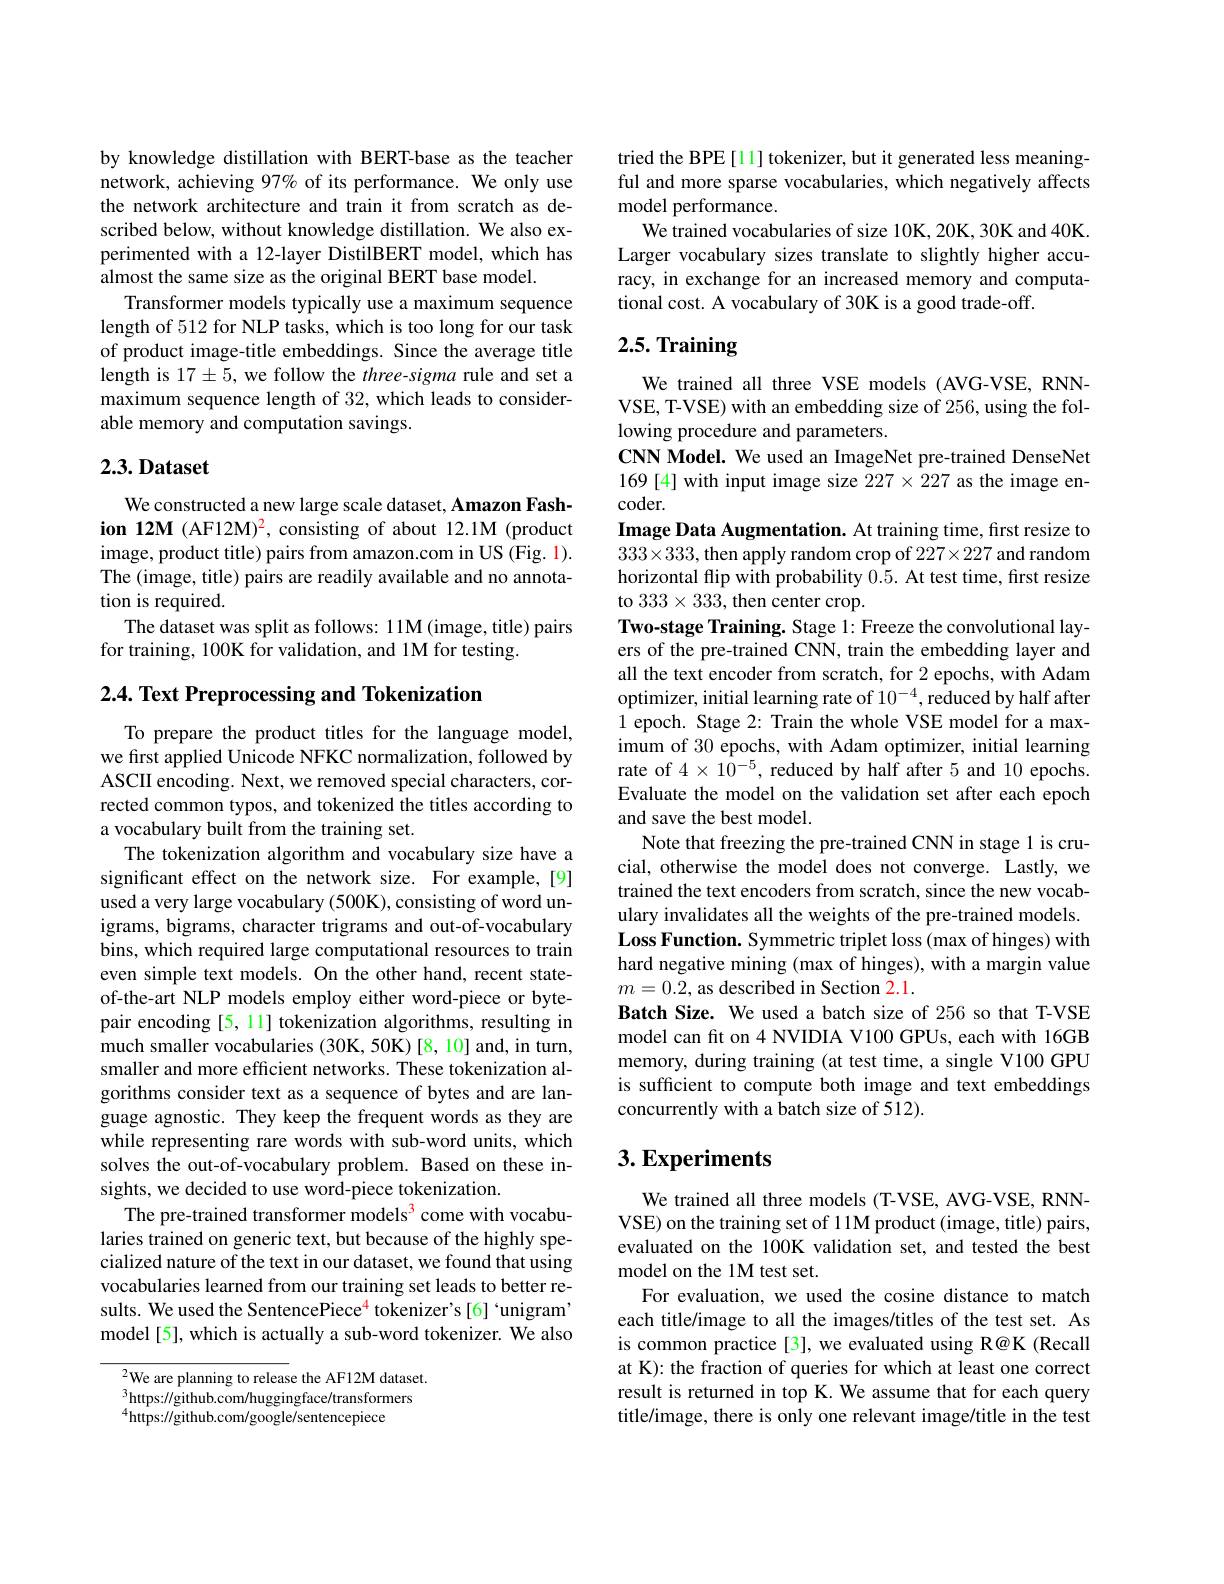
by knowledge distillation with BERT-base as the teacher network, achieving 97% of its performance. We only use the network architecture and train it from scratch as described below, without knowledge distillation. We also experimented with a 12-layer DistilBERT model, which has almost the same size as the original BERT base model.
Transformer models typically use a maximum sequence length of 512 for NLP tasks, which is too long for our task of product image-title embeddings. Since the average title length is 17±5, we follow the three-sigma rule and set a maximum sequence length of 32, which leads to considerable memory and computation savings.

## 2.3. Dataset

We constructed a new large scale dataset, Amazon Fashion 12M (AF12M)$^{2}$,consisting of about 12.1M (product image, product title) pairs from amazon.com in US (Fig. 1). The (image, title) pairs are readily available and no annotation is required.
The dataset was split as follows: 11M (image, title) pairs
for training, 100K for validation, and 1M for testing.

$2. 4. \textbf{ Text Preprocessing and Tokenization}$

To prepare the product titles for the language model, we first applied Unicode NFKC normalization, followed by ASCII encoding. Next, we removed special characters, corrected common typos, and tokenized the titles according to a vocabulary built from the training set.
The tokenization algorithm and vocabulary size have a significant effect on the network size. For example,[9] used a very large vocabulary (500K), consisting of word unigrams, bigrams, character trigrams and out-of-vocabulary bins, which required large computational resources to train even simple text models. On the other hand, recent stateof-the-art NLP models employ either word-piece or bytepair encoding [5, 11] tokenization algorithms, resulting in much smaller vocabularies (30K, 50K) [8, 10] and, in turn, smaller and more efficient networks. These tokenization algorithms consider text as a sequence of bytes and are language agnostic. They keep the frequent words as they are while representing rare words with sub-word units, which solves the out-of-vocabulary problem. Based on these insights, we decided to use word-piece tokenization.
The pre-trained transformer models$^{3}$ come with vocabularies trained on generic text, but because of the highly specialized nature of the text in our dataset, we found that using vocabularies learned from our training set leads to better results. We used the SentencePiece$^{\color{red}{4}}$ tokenizer's[6]‘unigram’ model[5], which is actually a sub-word tokenizer. We also

$^{2}$We are planning to release the AF12M dataset. $^{3}$https://github.com/huggingface/transformers $^{4}$https://github.com/google/sentencepiece

tried the BPE [11] tokenizer, but it generated less meaningful and more sparse vocabularies, which negatively affects model performance.
We trained vocabularies of size 10K, 20K, 30K and 40K. Larger vocabulary sizes translate to slightly higher accuracy, in exchange for an increased memory and computational cost. A vocabulary of 30K is a good trade-off.

# 2.5. Training

We trained all three VSE models (AVG-VSE, RNNVSE, T-VSE) with an embedding size of 256, using the following procedure and parameters.
CNN Model. We used an ImageNet pre-trained DenseNet 169[4] with input image size $227\times227$ as the image en- $coder.$
Image Data Augmentation. At training time, first resize to $333\times333$,then apply random crop of $227\times227$ and random horizontal flip with probability 0.5. At test time, first resize to $333\times333$, then center crop.
Two-stage Training. Stage 1: Freeze the convolutional layers of the pre-trained CNN, train the embedding layer and all the text encoder from scratch, for 2 epochs, with Adam optimizer, initial learning rate of $10^{-4},\tilde{\text{reduced by half after}}$ 1 epoch. Stage 2: Train the whole VSE model for a maximum of 30 epochs, with Adam optimizer, initial learning rate of $4\times1\hat{0}^{-5}$, reduced by half after 5 and 10 epochs. Evaluate the model on the validation set after each epoch and save the best model.
Note that freezing the pre-trained CNN in stage 1 is crucial, otherwise the model does not converge. Lastly, we trained the text encoders from scratch, since the new vocabulary invalidates all the weights of the pre-trained models. Loss Function. Symmetric triplet loss (max of hinges) with hard negative mining (max of hinges), with a margin value $m=0.2$, as described in Section 2.1.
Batch Size. We used a batch size of 256 so that T-VSE model can fit on 4 NVIDIA V100 GPUs, each with 16GB memory, during training (at test time, a single V100 GPU is sufficient to compute both image and text embeddings concurrently with a batch size of 512).

## $3. \textbf{Experiments}$

We trained all three models (T-VSE, AVG-VSE, RNNVSE) on the training set of 11M product (image, title) pairs, evaluated on the 100K validation set, and tested the best model on the 1M test set.
For evaluation, we used the cosine distance to match each title/image to all the images/titles of the test set. As is common practice [3], we evaluated using R@K (Recall at K): the fraction of queries for which at least one correct result is returned in top K. We assume that for each query title/image, there is only one relevant image/title in the test